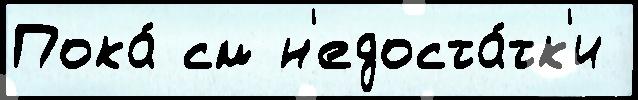
Пока́ см н'едоста́тк'и